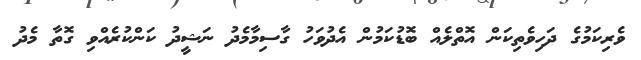
ވެރިކަމުގެ ދަހިވެތިކަން އޮތްލެއް ބޮޑުކަމުން އެދުވަހު ގާސިމާމެދު ނަޝީދު ކަންކުރެއްވި ގޮތާ މެދު